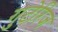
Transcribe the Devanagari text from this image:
गुटेरिज